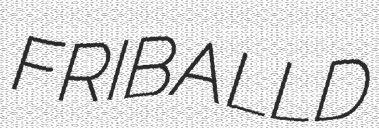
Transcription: FRIBA LLD